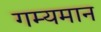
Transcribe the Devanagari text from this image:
गम्यमान